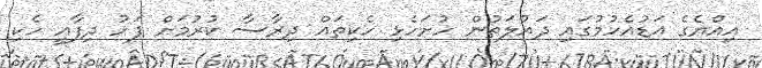
އިއްޔެގެ އަޑުއެހުމުގައި ދައުލަތުން ހުށަހެޅި ހެކިތައް ދިރާސާ ކުރުމަށް ފަހު ދިފާއީ ހެކި